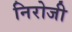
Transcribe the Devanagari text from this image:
निरोजी